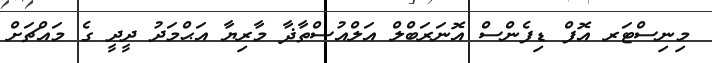
މިނިސްޓަރ އޮފް ޑިފެންސް އޮނަރަބްލް އަލްއުސްތާޛާ މާރިޔާ އަޙްމަދު ދީދީ ގެ މައްޗަށް